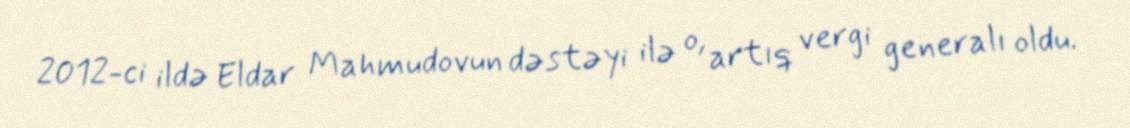
2012-ci ildə Eldar Mahmudovun dəstəyi ilə o, artıq vergi generalı oldu.